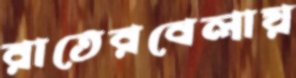
রাতেরবেলায়